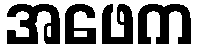
အဖေက